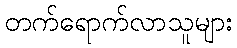
တက်ရောက်လာသူများ